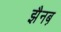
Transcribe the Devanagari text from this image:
झैनब़